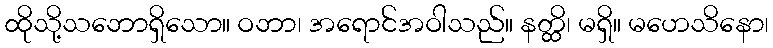
ထိုသို့သဘောရှိသော။ ဝဘာ၊ အရောင်အဝါသည်။ နတ္ထိ၊ မရှိ။ မဟေသိနော၊